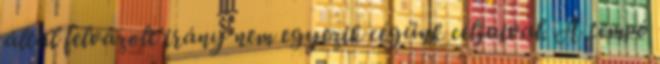
által felvázolt irány nem egyezik cégünk céljaival. A tempó